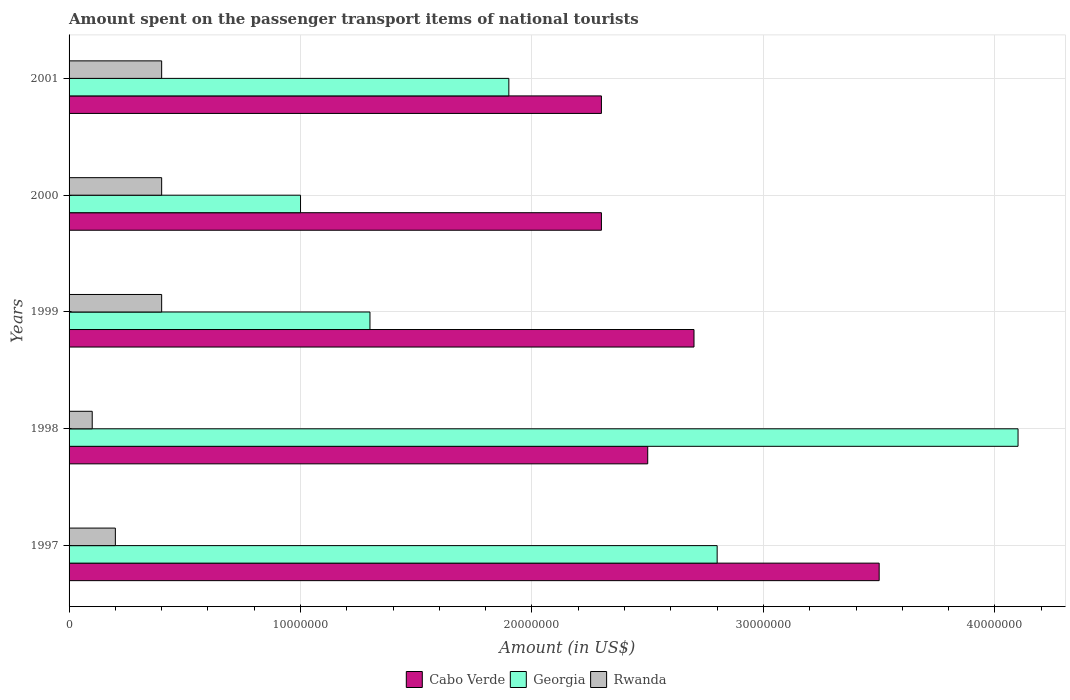
| Years | Cabo Verde | Georgia | Rwanda |
 | --- | --- | --- | --- |
 | 1997 | 3.5e+07 | 2.8e+07 | 2e+06 |
 | 1998 | 2.5e+07 | 4.1e+07 | 1e+06 |
 | 1999 | 2.7e+07 | 1.3e+07 | 4e+06 |
 | 2000 | 2.3e+07 | 1e+07 | 4e+06 |
 | 2001 | 2.3e+07 | 1.9e+07 | 4e+06 |